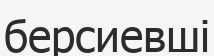
берсиевші